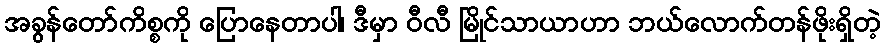
အခွန်တော်ကိစ္စကို ပြောနေတာပါ၊ ဒီမှာ ဝီလီ မြိုင်သာယာဟာ ဘယ်လောက်တန်ဖိုးရှိတဲ့